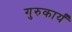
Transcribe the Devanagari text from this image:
गुरुकार्यं